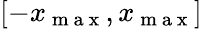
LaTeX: [-x_{\mathrm{~m~a~x~}},x_{\mathrm{~m~a~x~}}]